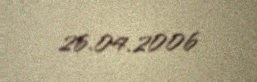
26.04.2006